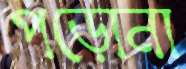
পড়োনা